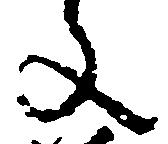
文